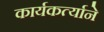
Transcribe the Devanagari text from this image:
कार्यकर्त्याने